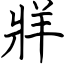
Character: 牂